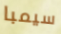
سيمبا